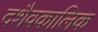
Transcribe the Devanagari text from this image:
दशैवकालिक